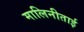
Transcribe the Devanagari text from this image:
मालिनीताई